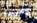
ابليت